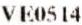
VE0514